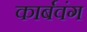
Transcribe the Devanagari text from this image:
कार्बवंग